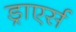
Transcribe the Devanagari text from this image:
ड्राएर्स